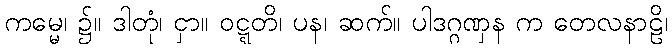
ကမ္မေ၊ ၌။ ဒါတုံ၊ ငှာ။ ဝဋ္ဋတိ၊ ပန၊ ဆက်။ ပါဒဂ္ဂဏှန က တေလနာဠိ၊